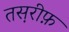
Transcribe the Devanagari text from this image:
तस़रीफ़